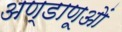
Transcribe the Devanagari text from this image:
अण्डाणूओं